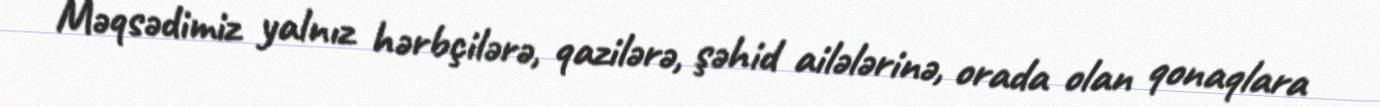
Məqsədimiz yalnız hərbçilərə, qazilərə, şəhid ailələrinə, orada olan qonaqlara